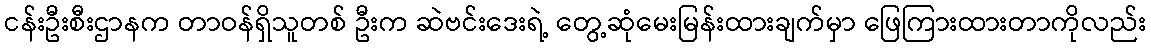
ငန်းဦးစီးဌာနက တာဝန်ရှိသူတစ် ဦးက ဆဲဗင်းဒေးရဲ့ တွေ့ဆုံမေးမြန်းထားချက်မှာ ဖြေကြားထားတာကိုလည်း